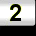
Digit: 2